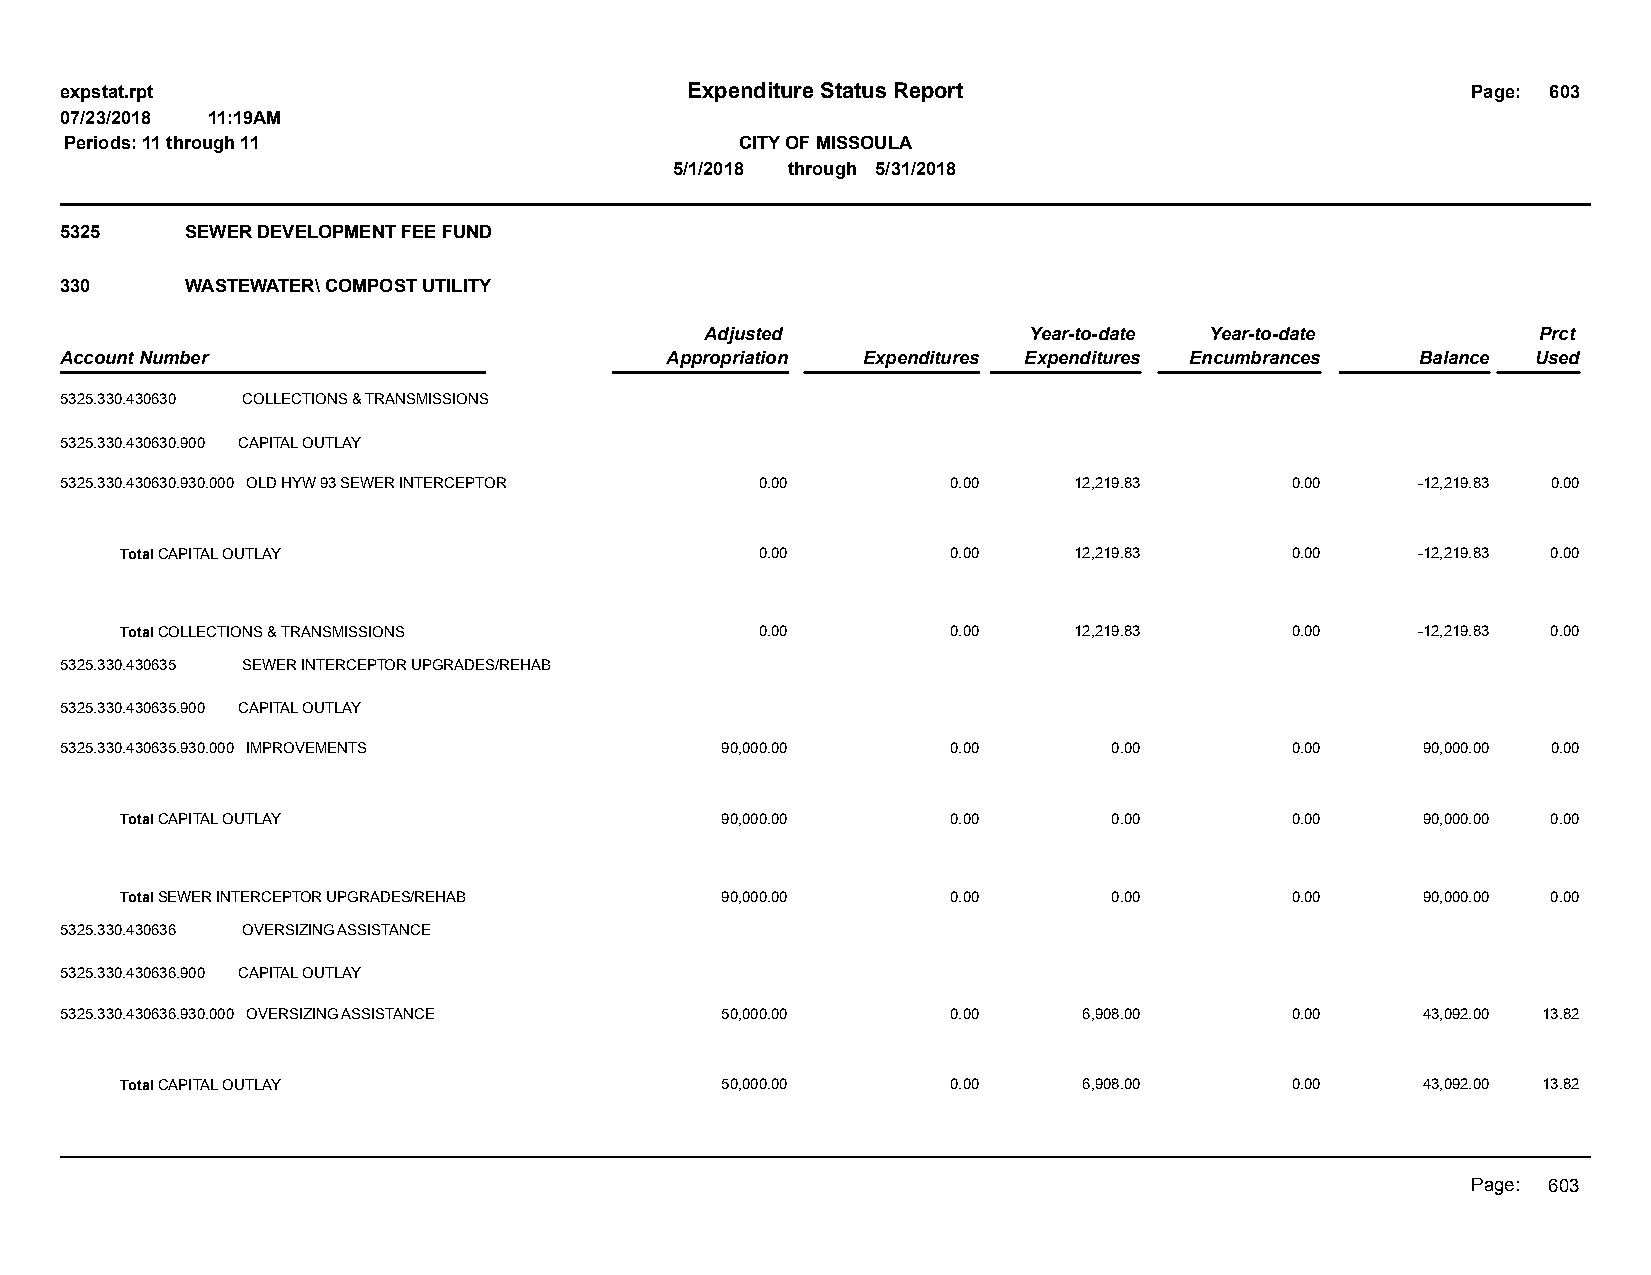
expstat.rpt                              Expenditure Status Report                           Page: 603
 07/23/2018 11:19AM
 Periods: 11 through 11                       CITY OF MISSOULA
 5/1/2018 through 5/31/2018
 5325    SEWER DEVELOPMENT FEE FUND
 330     WASTEWATER\ COMPOST UTILITY
 Adjusted             Year-to-date Year-to-date         Prct
 Account Number                          Appropriation Expenditures Expenditures Encumbrances Balance Used
 5325.330.430630 COLLECTIONS & TRANSMISSIONS
 5325.330.430630.900 CAPITAL OUTLAY
 5325.330.430630.930.000 OLD HYW 93 SEWER INTERCEPTOR 0.00  0.00    12,219.83     0.00     -12,219.83 0.00
 Total CAPITAL OUTLAY                      0.00         0.00    12,219.83     0.00     -12,219.83 0.00
 Total COLLECTIONS & TRANSMISSIONS         0.00         0.00    12,219.83     0.00     -12,219.83 0.00
 5325.330.430635 SEWER INTERCEPTOR UPGRADES/REHAB
 5325.330.430635.900 CAPITAL OUTLAY
 5325.330.430635.930.000 IMPROVEMENTS        90,000.00      0.00       0.00       0.00     90,000.00 0.00
 Total CAPITAL OUTLAY                    90,000.00      0.00       0.00       0.00     90,000.00 0.00
 Total SEWER INTERCEPTOR UPGRADES/REHAB  90,000.00      0.00       0.00       0.00     90,000.00 0.00
 5325.330.430636 OVERSIZING ASSISTANCE
 5325.330.430636.900 CAPITAL OUTLAY
 5325.330.430636.930.000 OVERSIZING ASSISTANCE 50,000.00    0.00     6,908.00     0.00     43,092.00 13.82
 Total CAPITAL OUTLAY                    50,000.00      0.00     6,908.00     0.00     43,092.00 13.82
 Page: 603